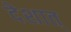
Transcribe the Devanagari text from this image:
देशात्